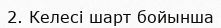
2. Келесі шарт бойынша